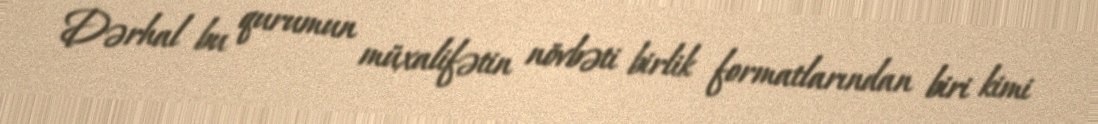
Dərhal bu qurumun müxalifətin növbəti birlik formatlarından biri kimi